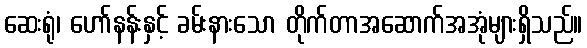
ဆေးရုံ၊ ဟော်နန်းနှင့် ခမ်းနားသော တိုက်တာအဆောက်အအုံများရှိသည်။